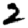
Digit: 2